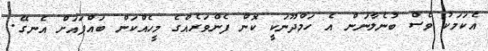
އެކަމަކު ވެސް ބުނެލާނަން އެ ހަމްދޫނަކީ ކޮން ފެންވަރެއްގެ މީހެއްކަން ބައްޕައަށް އެނގޭ.